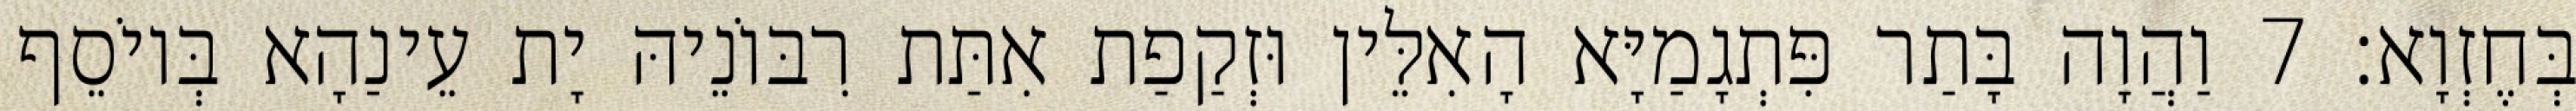
בְּחֶזְוָא׃ 7 וַהֲוָה בָּתַר פִּתְגָמַיָּא הָאִלֵּין וּזְקַפַת אִתַּת רִבּוֹנֵיהּ יָת עֵינַהָא בְּיוֹסֵף